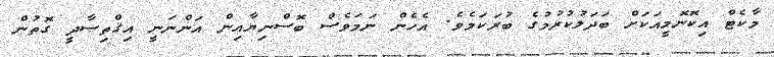
މާކެޓް އިކޮނޮމީއަކަށް ބަދަލުކުރުމުގެ ބުރަކަމެވެ. އެހެން ނަމަވެސް ބޮސްނިޔާއިން އަންނަނީ އިޤްތިޞާދީ ގޮތުން